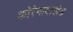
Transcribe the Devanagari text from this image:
कोरेगाव।खेड